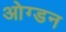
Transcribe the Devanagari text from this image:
ओग्डन